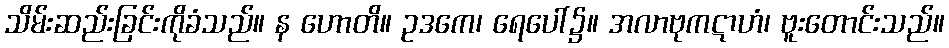
သိမ်းဆည်းခြင်းကိုခံသည်။ န ဟောတိ။ ဥဒကေ၊ ရေပေါ်၌။ အလာဗုကဋာဟံ၊ ဗူးတောင်းသည်။